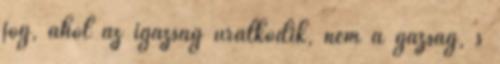
jog, ahol az igazság uralkodik, nem a gazság, s